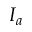
I _ { a }